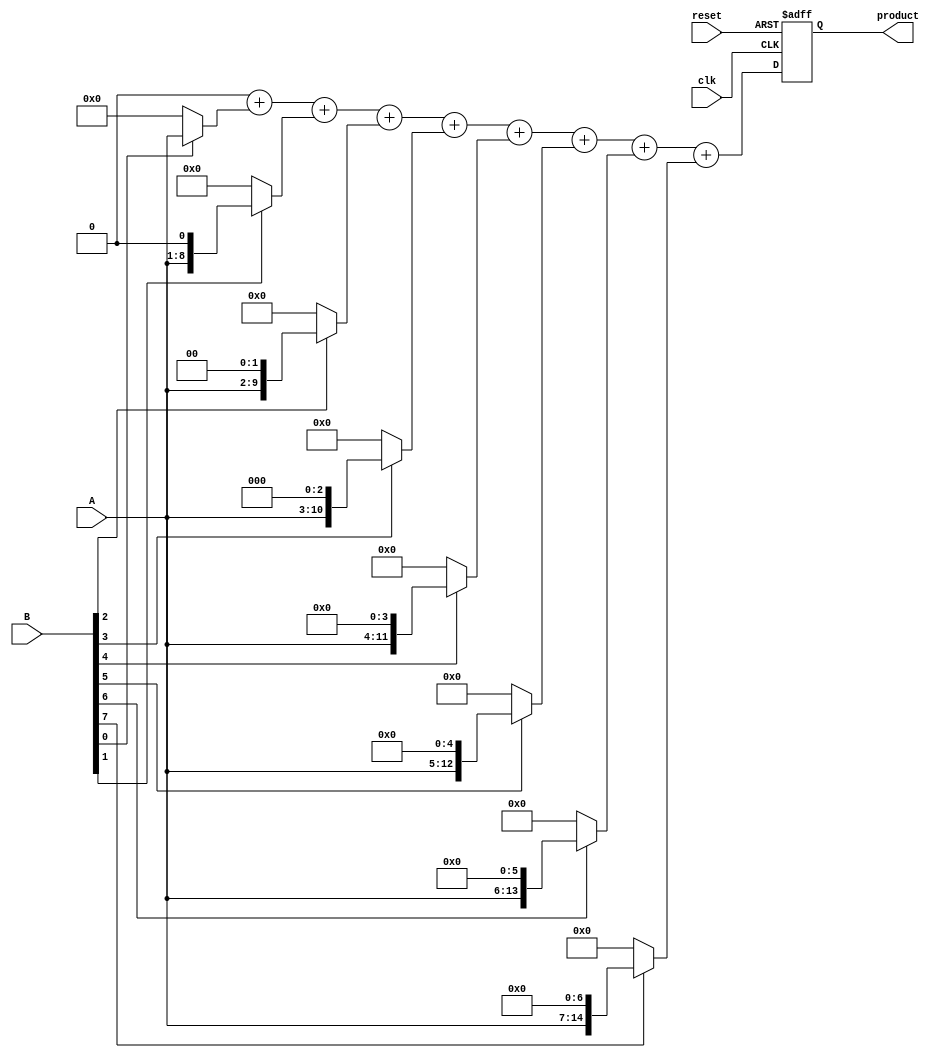
module radix2_multiplier #(parameter n = 8) (
    input  wire [n-1:0] A,      // Multiplicand
    input  wire [n-1:0] B,      // Multiplier
    input  wire clk,             // Clock signal
    input  wire reset,           // Reset signal
    output reg [2*n-1:0] product // Product output
);

    reg [2*n-1:0] partial_products [0:n-1]; // Array to hold partial products
    integer i;

    always @(posedge clk or posedge reset) begin
        if (reset) begin
            product <= 0; // Reset the product
            // Clear partial products
            for (i = 0; i < n; i = i + 1) begin
                partial_products[i] <= 0;
            end
        end else begin
            // Generate partial products
            for (i = 0; i < n; i = i + 1) begin
                partial_products[i] = (B[i] ? (A << i) : 0); // Shift A if B[i] is 1
            end
            
            // Initialize product to 0
            product = 0;

            // Sum the partial products
            for (i = 0; i < n; i = i + 1) begin
                product = product + partial_products[i];
            end
        end
    end

endmodule